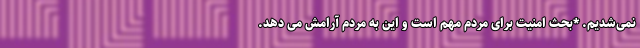
نمی‌شدیم. *بحث امنیت برای مردم مهم است و این به مردم آرامش می دهد.